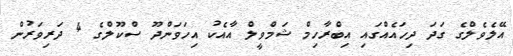
އޭލެވެލްގެ ގަދަ ދިހައެއްގައި އިބްރާހިމް ޝަމްވީލް އާއެކު އިހަވަންދޫ ސްކޫލްގެ 4 ދަރިވަރުން